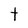
Character: t